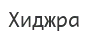
Хиджра